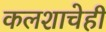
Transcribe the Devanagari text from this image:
कलशाचेही